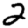
Digit: 2